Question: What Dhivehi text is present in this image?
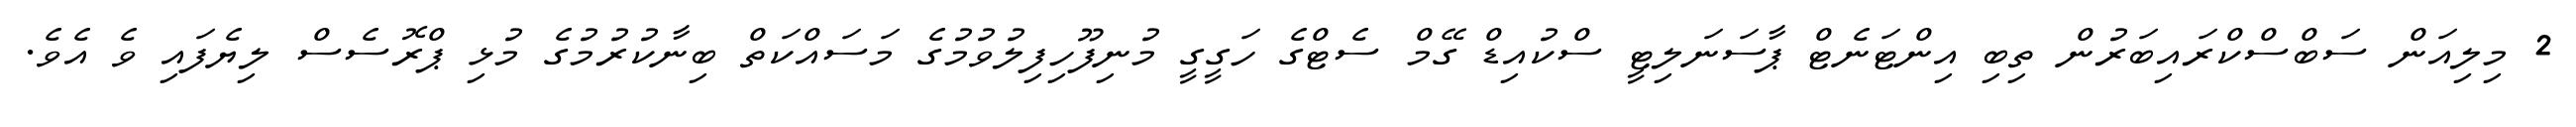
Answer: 2 މިލިއަން ސަބްސްކްރައިބަރުން ތިބި އިންޓަނެޓް ޕާސަނަލިޓީ ސްކުއިޑް ގޭމް ސެޓްގެ ހަގީގީ މުނިފޫހިފިލުވުމުގެ މަސައްކަތް ބިނާކުރުމުގެ މުޅި ޕްރޮސެސް ލިޔެފައި ވެ އެވެ.